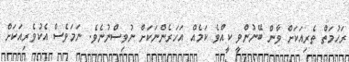
ރަހުމަތް ތެރިއަކަށް ވާން ބޭނުންވީ ކީއްްވެ ކަމެއް އަހަރެންނަކަށް ނުވިސްނުނެވެ. ނަމަވެސް އެކުވެރިއަކަށް